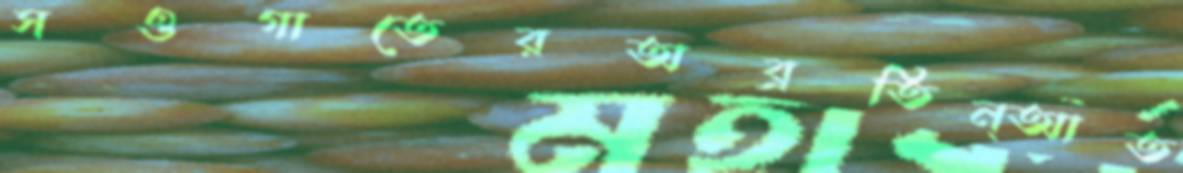
সওগাতেরঅব্রতিন্আত